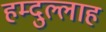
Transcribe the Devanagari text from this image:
हम्दुल्लाह